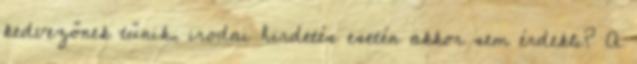
kedvezőnek tűnik, irodai hirdetés esetén akkor sem érdekli? A